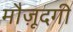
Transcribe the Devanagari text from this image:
मौज़ूदगी